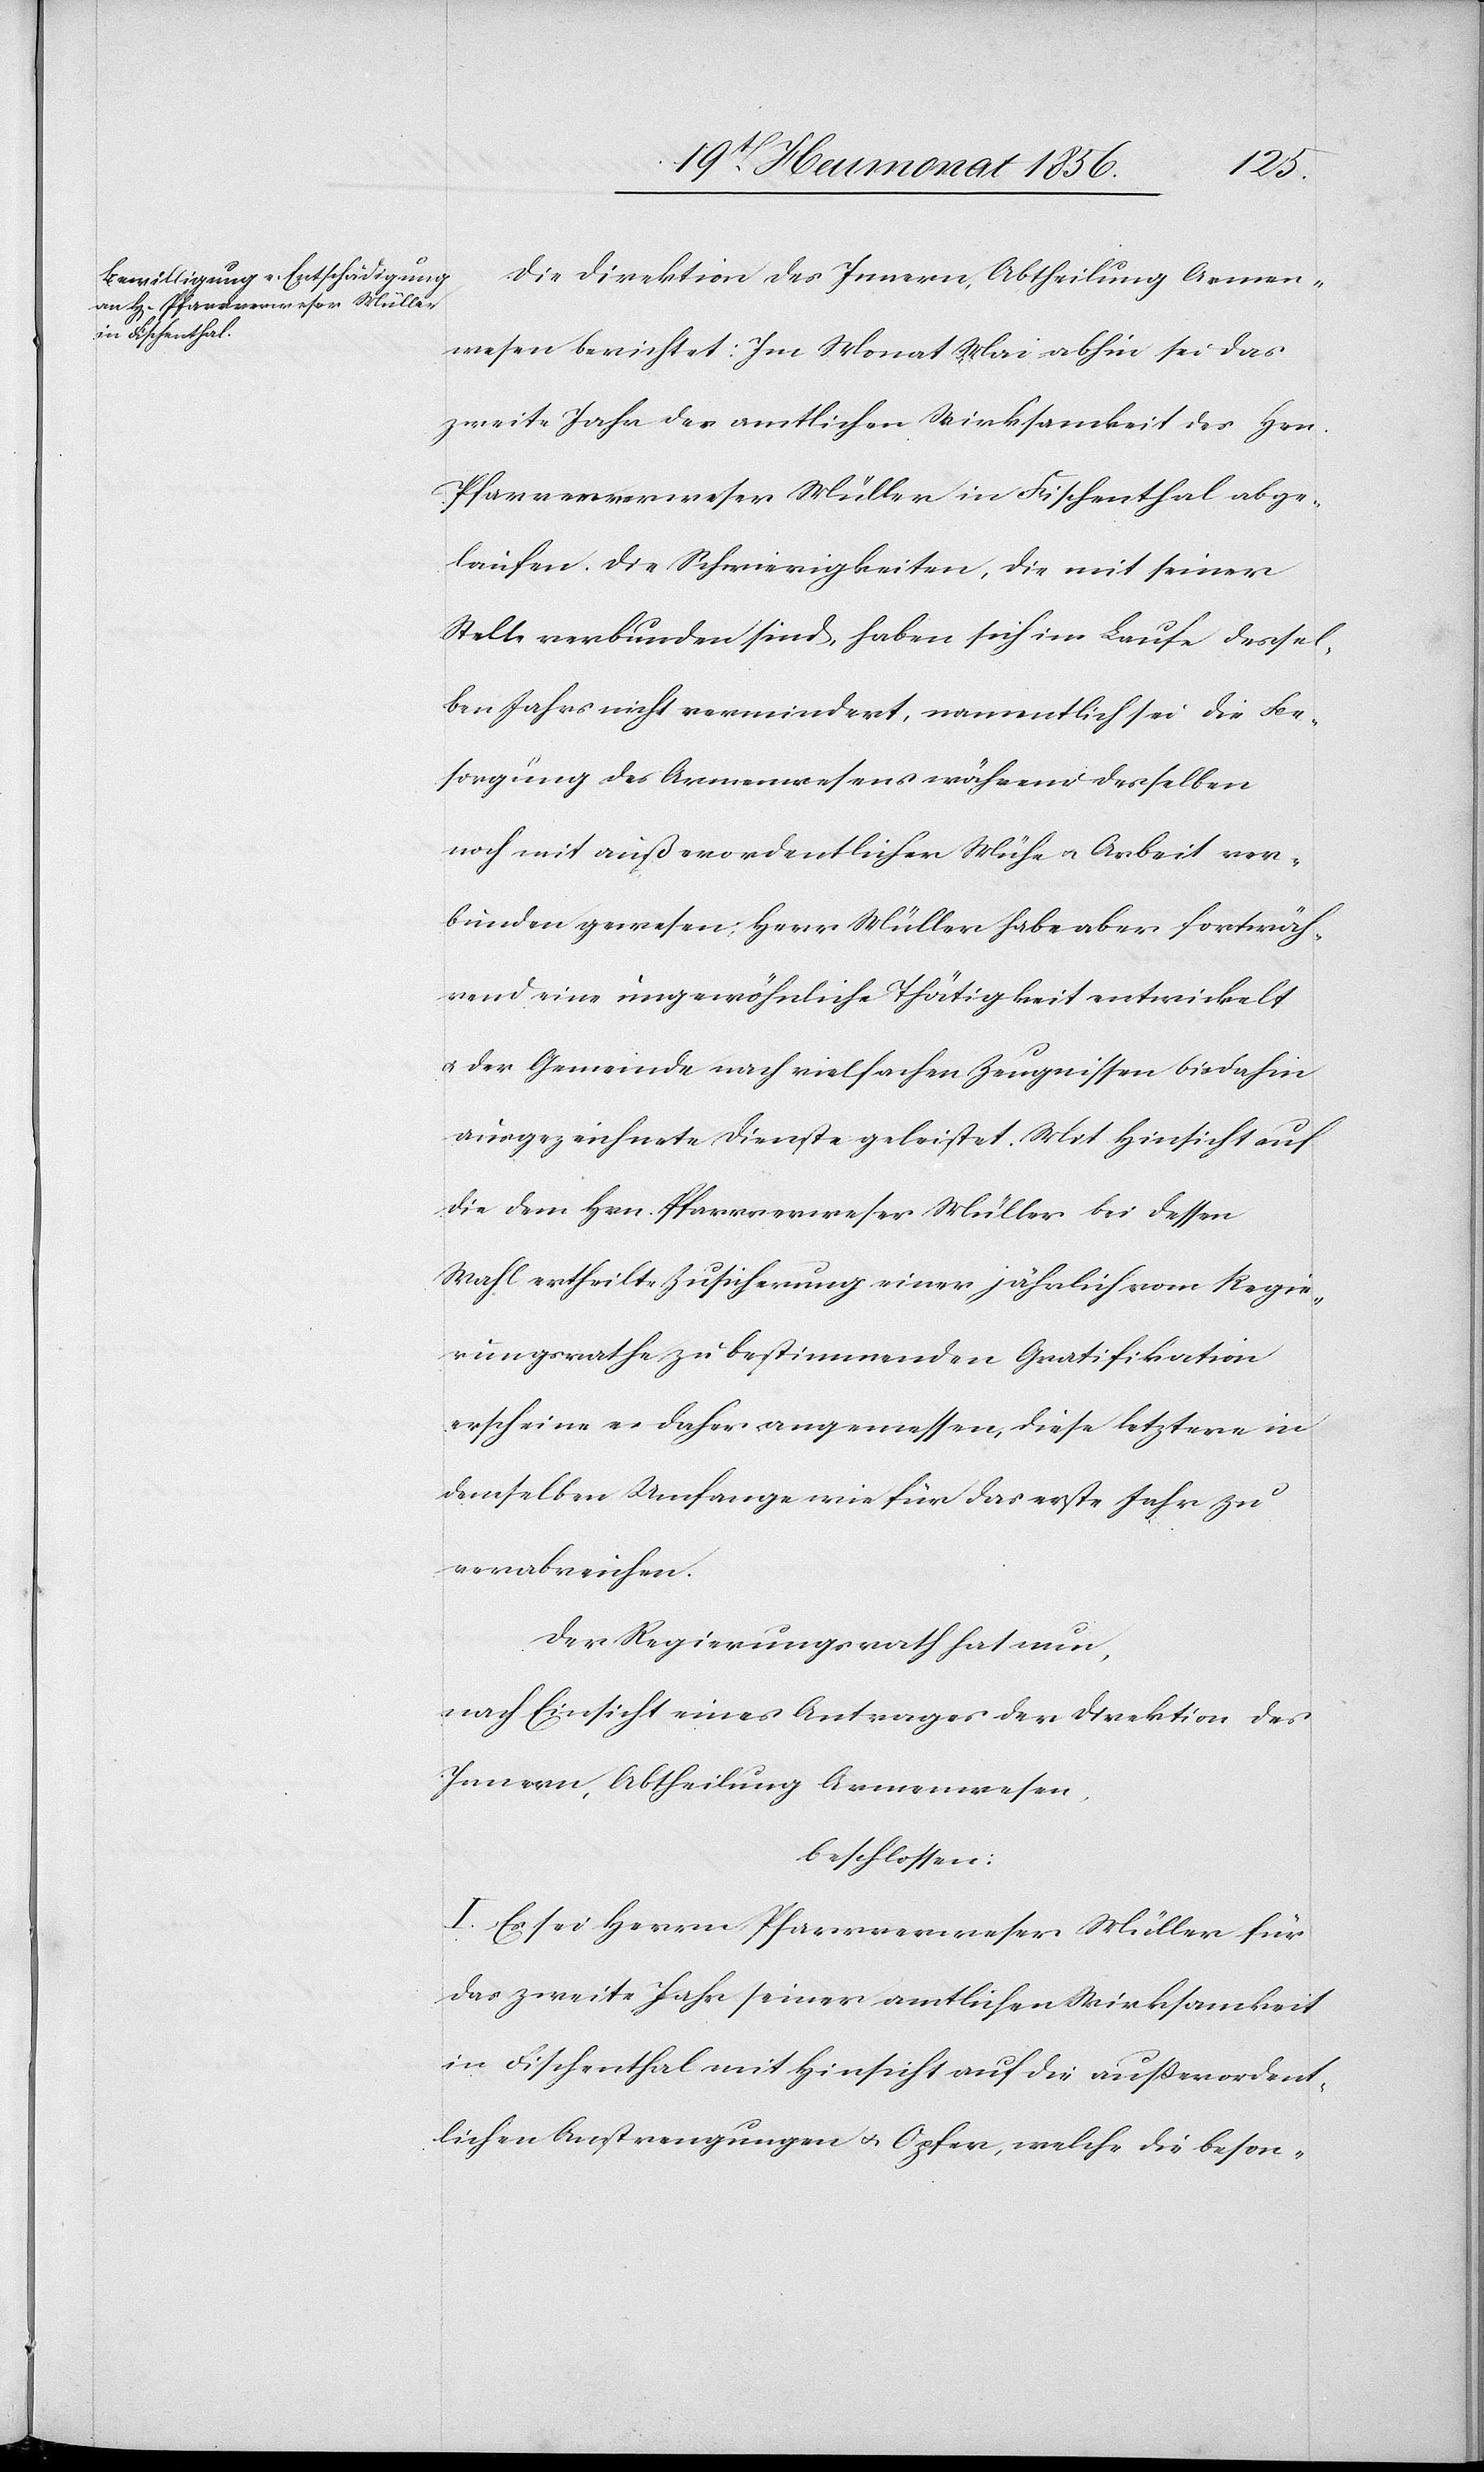
Die Direktion des Innern, Abtheilung Armen¬
wesen berichtet: Im Monat Mai abhin sei das
zweite Jahr der amtlichen Wirksamkeit des Hrn.
Pfarrerverweser [sic!] Müller in Fischenthal abge¬
laufen. Die Schwierigkeiten, die mit seiner
Stelle verbunden sind, haben sich im Laufe dessel¬
ben Jahrs nicht vermindert, namentlich sei die Be¬
sorgung des Armenwesens während desselben
noch mit außerordentlicher Mühe u. Arbeit ver¬
bunden gewesen; Herr Müller habe aber fortwäh¬
rend eine ungewöhnliche Thätigkeit entwickelt
u. der Gemeinde nach vielfachen Zeugnissen bisdahin
ausgezeichnete Dienste geleistet. Mit Hinsicht auf
die dem Hrn. Pfarrverweser Müller bei dessen
Wahl ertheilte Zusicherung einer jährlich vom Regie¬
rungsrathe zu bestimmenden Gratifikation
erscheine es daher angemessen, diese letztere in
demselben Umfange wie für das erste Jahr zu
verabreichen.
Der Regierungsrath hat nun,
nach Einsicht eines Antrages der Direktion des
Innern, Abtheilung Armenwesen,
beschlossen:
I. Es sei Herrn Pfarrverweser Müller für
das zweite Jahr seiner amtlichen Wirksamkeit
in Fischenthal mit Hinsicht auf die außerordent¬
lichen Anstrengungen u. Opfer, welche die beson-